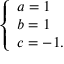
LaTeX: \left\{ \begin{array} { l } { { a = 1 } } \\ { { b = 1 } } \\ { { c = - 1 . } } \end{array} \right.